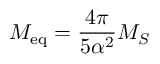
M _ { \mathrm { e q } } = \frac { 4 \pi } { 5 \alpha ^ { 2 } } M _ { S }